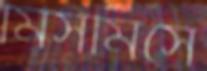
মিসমিসে